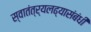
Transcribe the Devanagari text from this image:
स्वातंत्र्यलढ्यासंबंधी